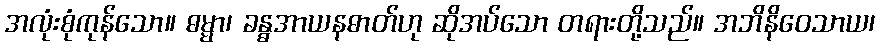
အလုံးစုံကုန်သော။ ဓမ္မာ၊ ခန္ဓအာယနဓာတ်ဟု ဆိုအပ်သော တရားတို့သည်။ အဘိနိဝေသာယ၊